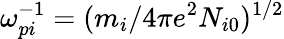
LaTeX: \omega_{pi}^{-1}=(m_{i}/4\pi e^{2}N_{i0})^{1/2}